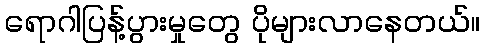
ရောဂါပြန့်ပွားမှုတွေ ပိုများလာနေတယ်။